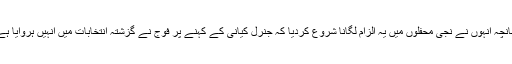
چنانچہ انہوں نے نجی محفلوں میں یہ الزام لگانا شروع کردیا کہ جنرل کیانی کے کہنے پر فوج نے گزشتہ انتخابات میں انہیں ہروایا ہے ۔